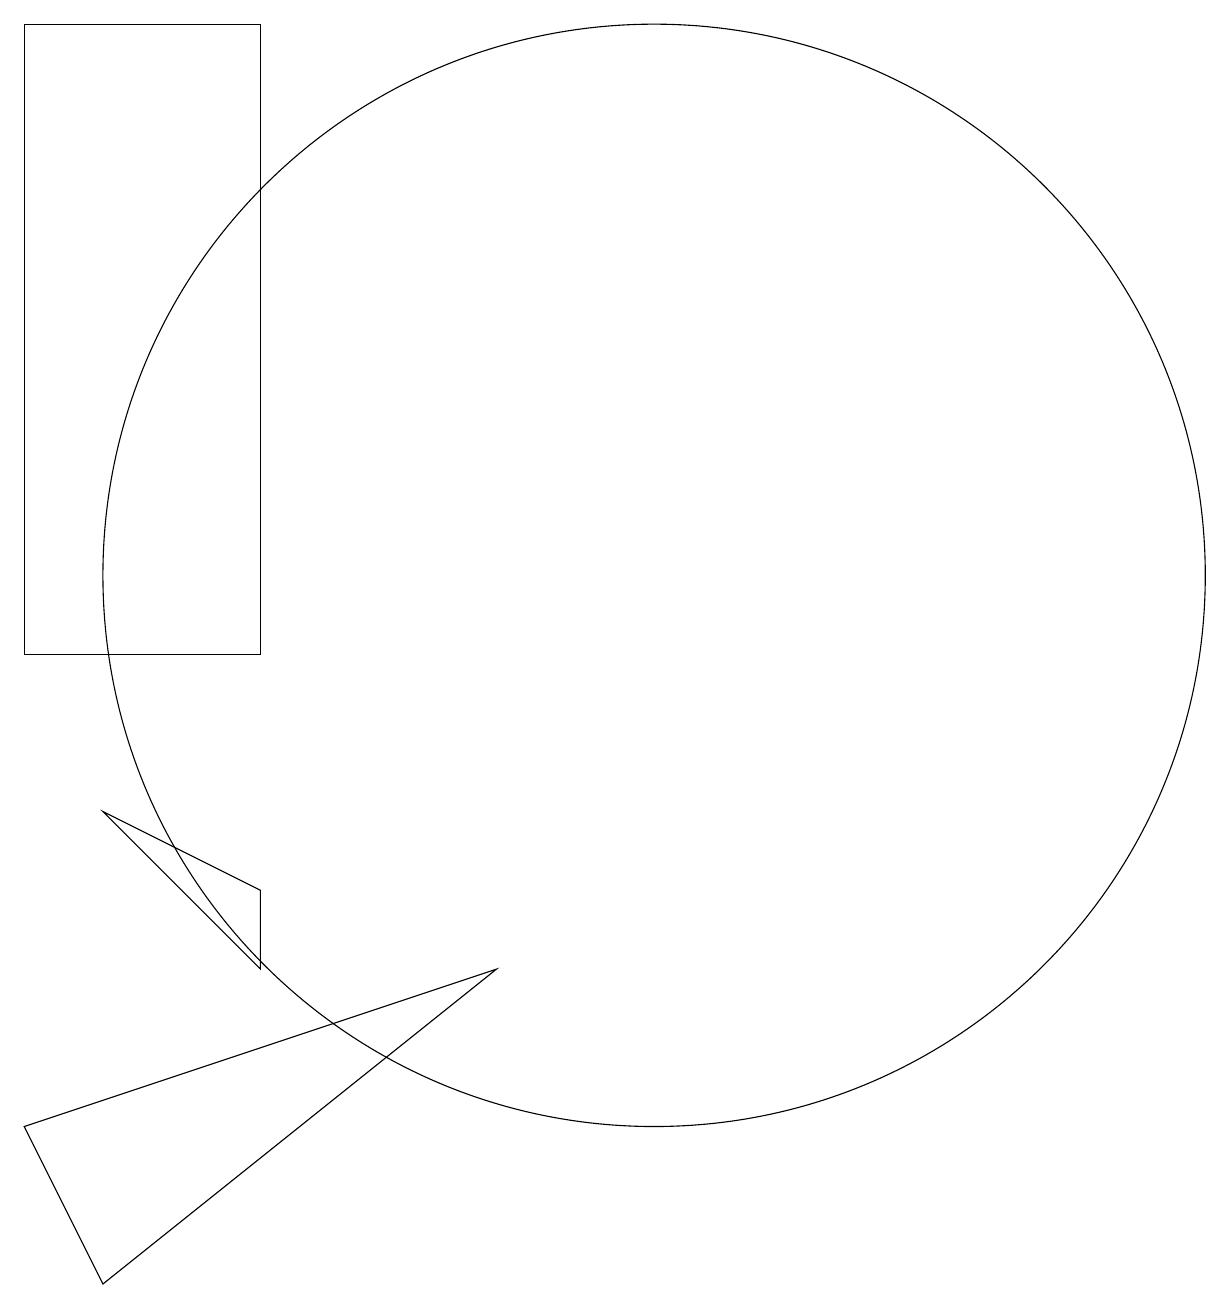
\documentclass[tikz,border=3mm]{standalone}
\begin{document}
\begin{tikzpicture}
\draw (5,10) rectangle (2,18);
\draw (10,11) circle (7);
\draw (3,2) -- (2,4) -- (8,6) -- cycle;
\draw (5,7) -- (5,6) -- (3,8) -- cycle;
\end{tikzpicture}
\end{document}